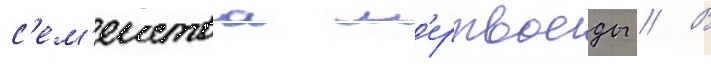
с'ем'еиства м'ертвоеды // В